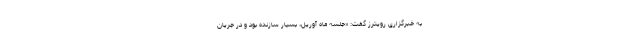
به خبرگزاری رویترز گفت: «جلسه ماه آوریل، بسیار سازنده بود و در جریان